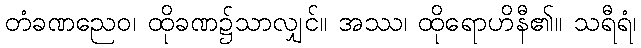
တံခဏညေဝ၊ ထိုခဏ၌သာလျှင်။ အဿ၊ ထိုရောဟိနီ၏။ သရီရံ၊